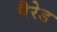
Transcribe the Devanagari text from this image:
पैरेड